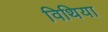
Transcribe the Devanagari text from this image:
विथिया